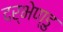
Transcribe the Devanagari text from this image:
दर्भेण्डु